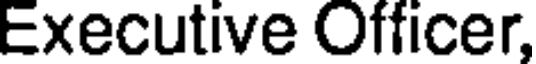
Executive Officer,